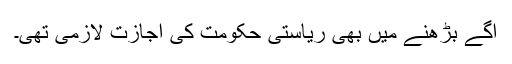
آگے بڑھنے میں بھی ریاستی حکومت کی اجازت لازمی تھی۔